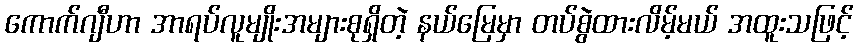
ကောက်ဂျီဟာ အာရပ်လူမျိုးအများစုရှိတဲ့ နယ်မြေမှာ တပ်စွဲထားလိမ့်မယ် အထူးသဖြင့်